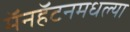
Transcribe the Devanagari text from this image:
मॅनहॅटनमधल्या